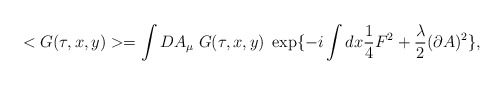
\begin{align*}<G(\tau,x,y)> = \int DA_\mu \; G(\tau,x,y) \; \exp\{-i\int dx \frac{1}{4} F^2 +\frac{\lambda}{2} (\partial A)^2\},\end{align*}